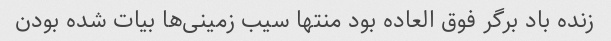
زنده باد برگر فوق العاده بود منتها سیب زمینی‌ها بیات شده بودن